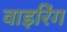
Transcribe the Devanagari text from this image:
वाइरिंग